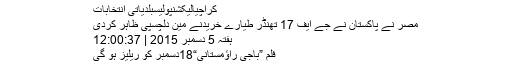
کراچیالیکشنپولیسبلدیاتی انتخابات
مصر نے پاکستان نے جے ایف 17 تھنڈر طیارے خریدنے مین دلچسپی ظاہر کردی
ہفتہ 5 دسمبر 2015 | 12:00:37
فلم ”باجی راؤمستانی“18دسمبر کو ریلیز ہو گی